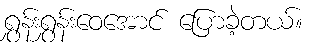
ရွှန်းရွှန်းဝေအောင် ပြောခဲ့တယ်။